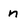
Character: n